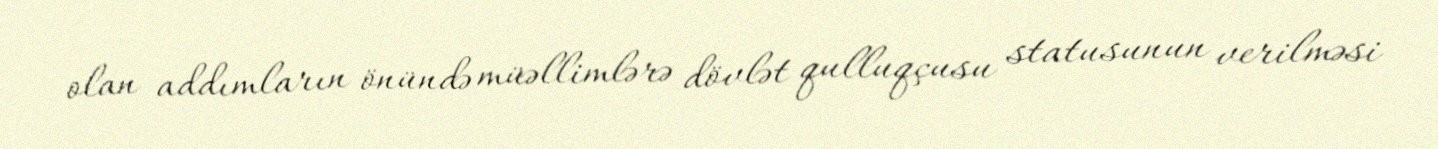
olan addımların önündə müəllimlərə dövlət qulluqçusu statusunun verilməsi